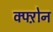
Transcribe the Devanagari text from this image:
क्फ्ऱोन